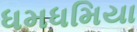
ધમધમિયા